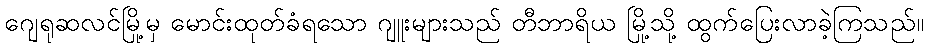
ဂျေရုဆလင်မြို့မှ မောင်းထုတ်ခံရသော ဂျူးများသည် တီဘာရိယ မြို့သို့ ထွက်ပြေးလာခဲ့ကြသည်။